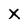
Character: X